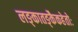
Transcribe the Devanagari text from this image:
लङ्कातङ्कैकहेतोः